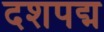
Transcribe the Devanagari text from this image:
दशपद्म